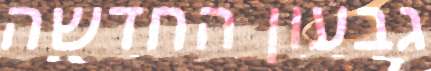
גבעון החדשה